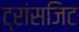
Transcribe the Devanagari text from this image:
ट्रांसजिट